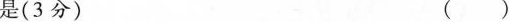
是（3）（）